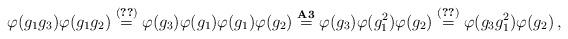
LaTeX: \begin{align*} \varphi (g_1 g_3) \varphi (g_1 g_2) \overset{(\ref{eq:anti})}{=} \varphi (g_3) \varphi (g_1) \varphi (g_1) \varphi (g_2) \overset{{\bf A3}}{=} \varphi (g_3) \varphi (g^{2}_1) \varphi (g_2) \overset{(\ref{eq:comm})}{=} \varphi (g_3 g^{2}_1) \varphi (g_2) \,,\end{align*}